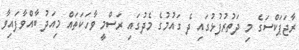
ރާޖަޕަކްސަގެ މި ދަތުރުފުޅުގައި ދެ ގައުމުގެ މެދުގައި ރަސްމީ ވާހަކަތައް މިއަދު ބާއްވާފައިވާ